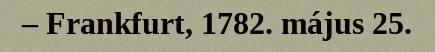
– Frankfurt, 1782. május 25.